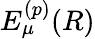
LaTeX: E_{\mu}^{(p)}(R)